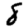
Digit: 8